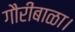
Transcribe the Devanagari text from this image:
गौरीबाळा।